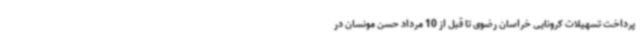
پرداخت تسهیلات کرونایی خراسان رضوی تا قبل از 10 مرداد حسن مونسان در